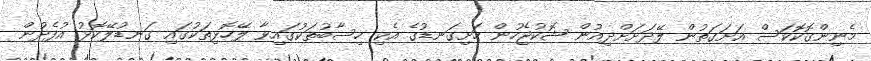
މެނިންގޮކޮކަސް އަށަގަތުން ލޭދަށަށްދިއުން ޝޮކުޖެހުން ހަށިގަނޑުގެ އެކި ހިސާބުތަކުގައިވާ ލޭހޮޅިތަކުގައި ގަނޑުލޭކޮޅު އުފެދުން